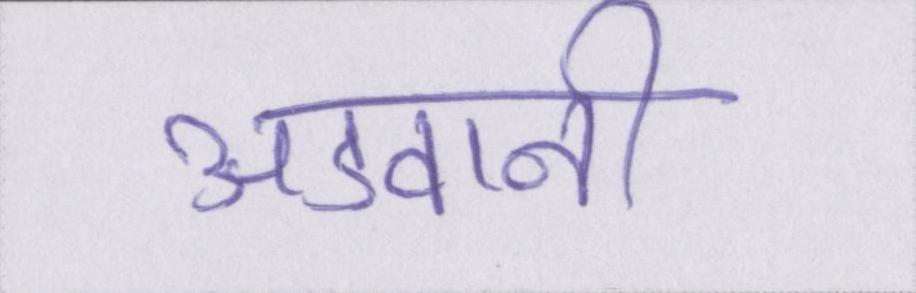
अडवानी